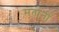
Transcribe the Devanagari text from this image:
मतानी